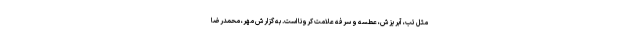
مثل تب، آبریزش، عطسه و سرفه علامت کرونا است. به گزارش مهر، محمدرضا